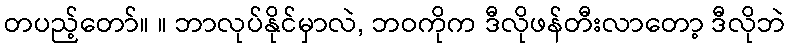
တပည့်တော်။ ။ ဘာလုပ်နိုင်မှာလဲ, ဘဝကိုက ဒီလိုဖန်တီးလာတော့ ဒီလိုဘဲ